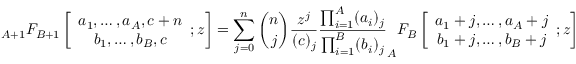
_ { A + 1 } F _ { B + 1 } \left[ { \begin{array} { c } { a _ { 1 } , \ldots , a _ { A } , c + n } \\ { b _ { 1 } , \ldots , b _ { B } , c } \end{array} } ; z \right] = \sum _ { j = 0 } ^ { n } { \binom { n } { j } } { \frac { z ^ { j } } { ( c ) _ { j } } } { \frac { \prod _ { i = 1 } ^ { A } ( a _ { i } ) _ { j } } { \prod _ { i = 1 } ^ { B } ( b _ { i } ) _ { j } } } _ { A } F _ { B } \left[ { \begin{array} { c } { a _ { 1 } + j , \ldots , a _ { A } + j } \\ { b _ { 1 } + j , \ldots , b _ { B } + j } \end{array} } ; z \right]